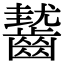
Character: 𪙓